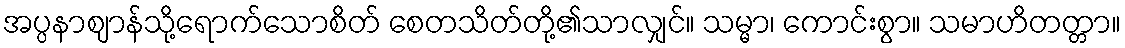
အပ္ပနာဈာန်သို့ရောက်သောစိတ် စေတသိတ်တို့၏သာလျှင်။ သမ္မာ၊ ကောင်းစွာ။ သမာဟိတတ္တာ။